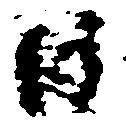
日